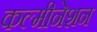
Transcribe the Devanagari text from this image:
कल्मीनेशन